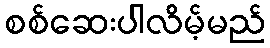
စစ်ဆေးပါလိမ့်မည်